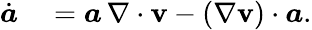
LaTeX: \begin{array}{rl}{\dot{\boldsymbol{a}}}&{{}=\boldsymbol{a}\, \nabla\cdot\mathbf{v}-(\nabla\mathbf{v})\cdot\boldsymbol{a}.}\end{array}